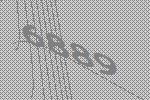
6889